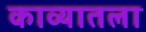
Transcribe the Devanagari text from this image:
काव्यातला